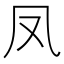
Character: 凤